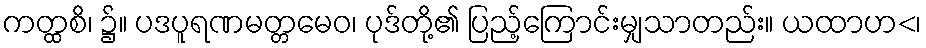
ကတ္ထစိ၊ ၌။ ပဒပူရဏမတ္တမေဝ၊ ပုဒ်တို့၏ ပြည့်ကြောင်းမျှသာတည်း။ ယထာဟ<၊